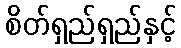
စိတ်ရှည်ရှည်နှင့်